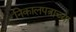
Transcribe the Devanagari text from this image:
निकालपत्राच्या